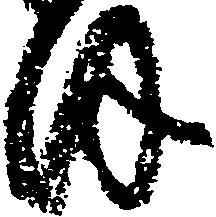
ほ